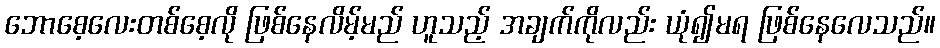
ဘောစေ့လေးတစ်စေ့လို ဖြစ်နေလိမ့်မည် ဟူသည့် အချက်ကိုလည်း ယုံ၍မရ ဖြစ်နေလေသည်။